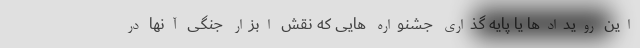
این رویدادها یا پایه گذاری جشنواره هایی که نقش ابزار جنگی آنها در